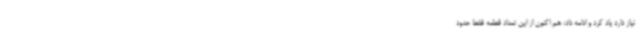
نیاز دارد یاد کرد و ادامه داد: هم اکنون از این تعداد قطعه فقط حدود